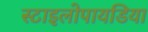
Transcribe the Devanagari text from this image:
स्टाइलोपायडिया